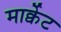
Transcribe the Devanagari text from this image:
मार्क्वेट